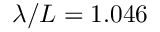
\lambda / L = 1 . 0 4 6